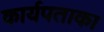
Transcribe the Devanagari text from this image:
कार्यपताका